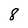
Character: 8